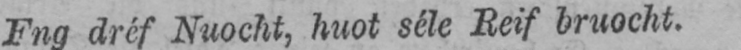
Fng dréf Nuocht, huot séle Reif bruocht.